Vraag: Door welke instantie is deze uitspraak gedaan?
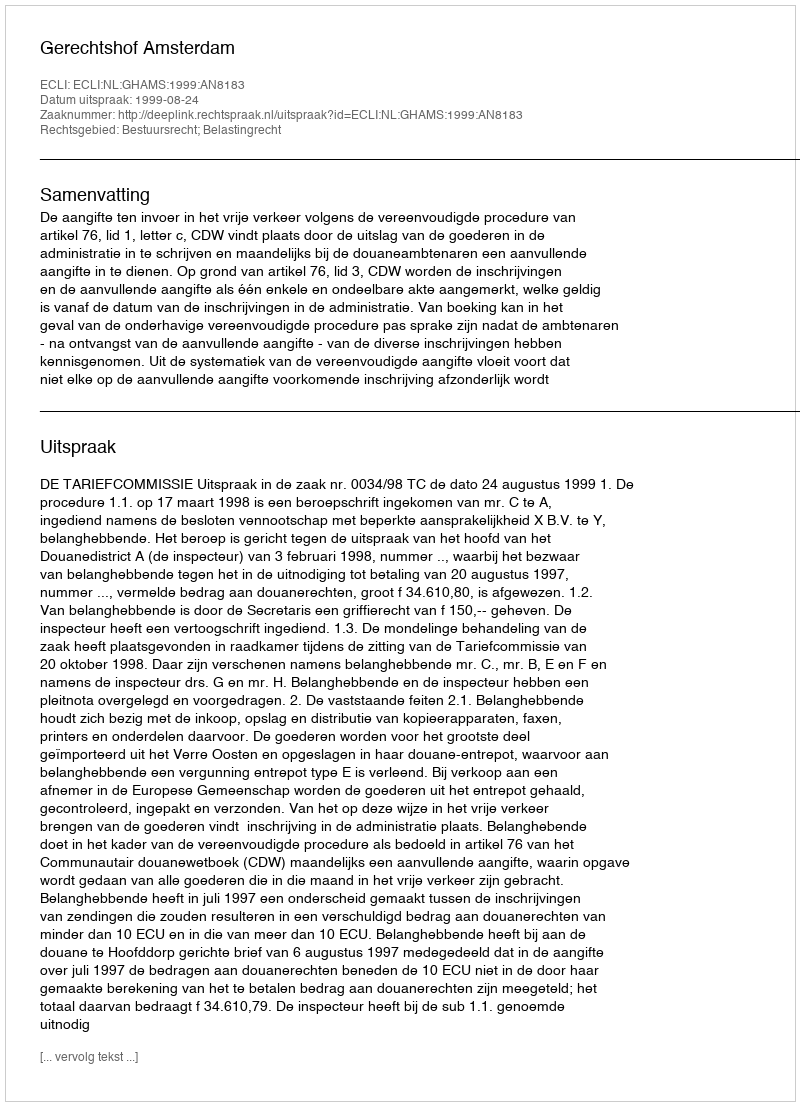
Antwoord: Gerechtshof Amsterdam